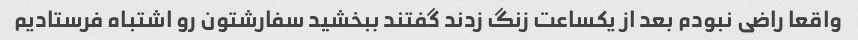
واقعا راضی نبودم بعد از یکساعت زنگ زدند گفتند ببخشید سفارشتون رو اشتباه فرستادیم